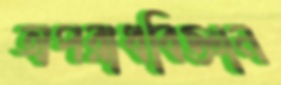
অপরাধবিজ্ঞান